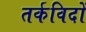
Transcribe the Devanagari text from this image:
तर्कविदों